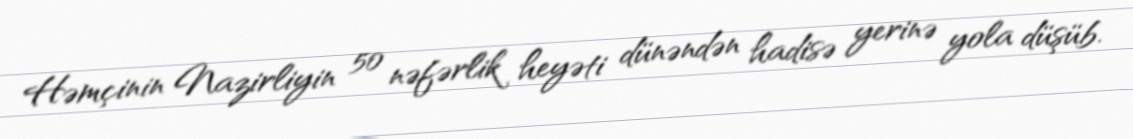
Həmçinin Nazirliyin 50 nəfərlik heyəti dünəndən hadisə yerinə yola düşüb.